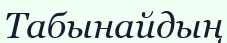
Табынайдың